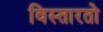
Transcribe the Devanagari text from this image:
विस्तारतो